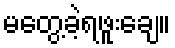
မတွေ့ခဲ့ရဖူးချေ။